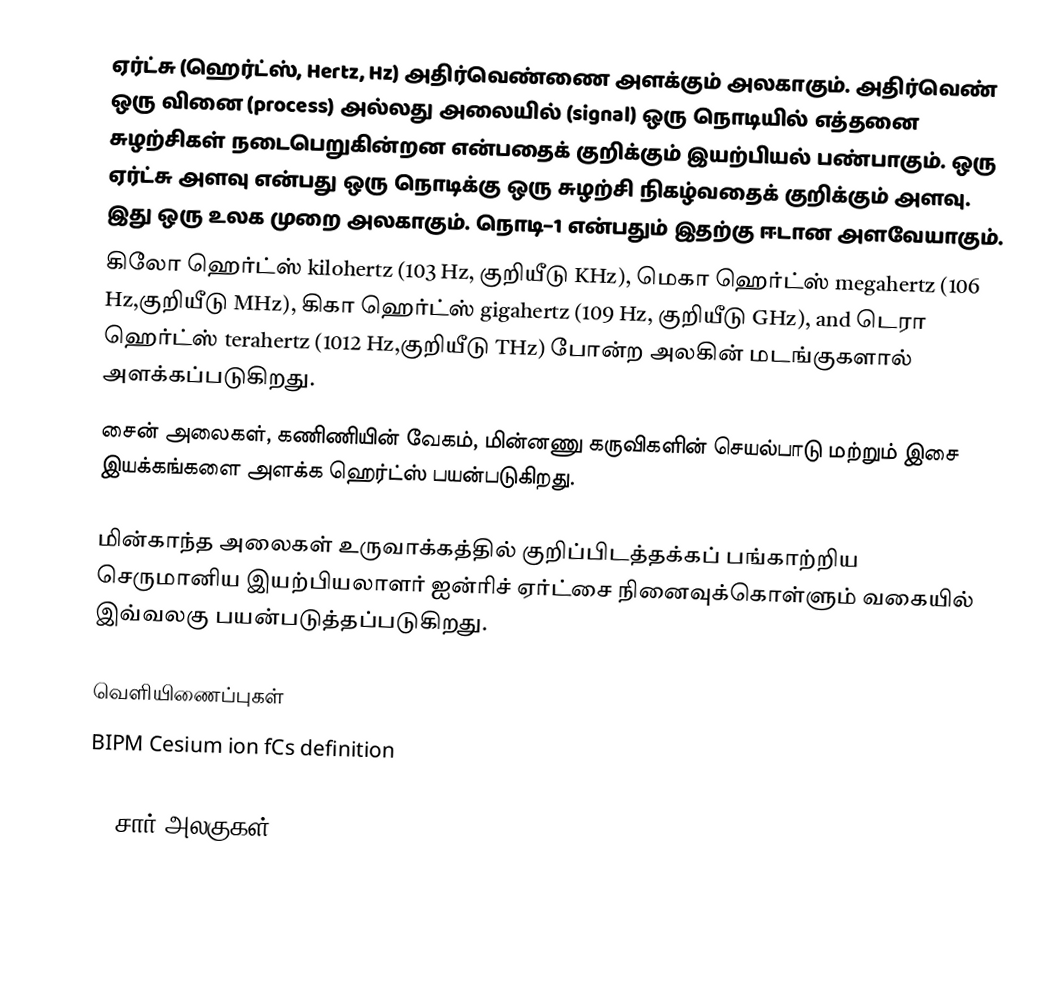
ஏர்ட்சு (ஹெர்ட்ஸ், Hertz, Hz) அதிர்வெண்ணை அளக்கும் அலகாகும். அதிர்வெண் ஒரு வினை (process) அல்லது அலையில் (signal) ஒரு நொடியில் எத்தனை சுழற்சிகள் நடைபெறுகின்றன என்பதைக் குறிக்கும் இயற்பியல் பண்பாகும். ஒரு ஏர்ட்சு அளவு என்பது ஒரு நொடிக்கு ஒரு சுழற்சி நிகழ்வதைக் குறிக்கும் அளவு. இது ஒரு உலக முறை அலகாகும். நொடி−1 என்பதும் இதற்கு ஈடான அளவேயாகும்.
கிலோ ஹெர்ட்ஸ் kilohertz (103 Hz, குறியீடு KHz), மெகா ஹெர்ட்ஸ் megahertz (106 Hz,குறியீடு MHz), கிகா ஹெர்ட்ஸ் gigahertz (109 Hz, குறியீடு GHz), and டெரா ஹெர்ட்ஸ் terahertz (1012 Hz,குறியீடு THz) போன்ற அலகின் மடங்குகளால் அளக்கப்படுகிறது.
சைன் அலைகள், கணிணியின் வேகம், மின்னணு கருவிகளின் செயல்பாடு மற்றும் இசை இயக்கங்களை அளக்க ஹெர்ட்ஸ் பயன்படுகிறது.

மின்காந்த அலைகள் உருவாக்கத்தில் குறிப்பிடத்தக்கப் பங்காற்றிய செருமானிய இயற்பியலாளர் ஐன்ரிச் ஏர்ட்சை நினைவுக்கொள்ளும் வகையில் இவ்வலகு பயன்படுத்தப்படுகிறது.

வெளியிணைப்புகள்
BIPM Cesium ion fCs definition
National Research Council of Canada: Generation of the Hz
SI சார் அலகுகள்